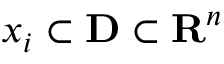
x _ { i } \subset \mathbf { D } \subset { \mathbf { R } } ^ { n }